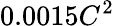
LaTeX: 0.0015C^{2}